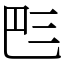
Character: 𠀧